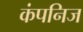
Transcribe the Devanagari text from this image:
कंपनिज